Document type: Sale
Year: 1323
Scribe: Guillem Coscoll
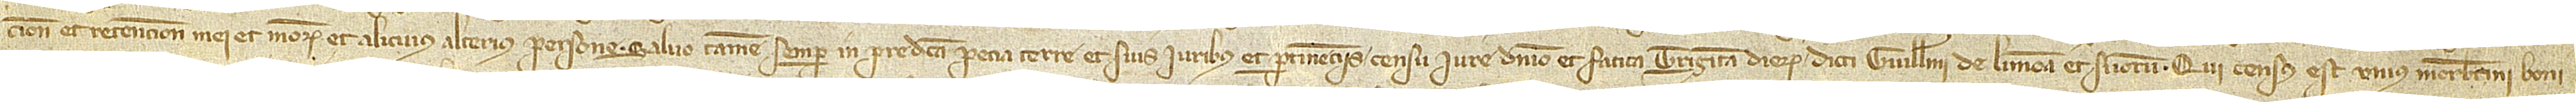
cione et retencione mei et meorum et alicuius alterius persone, salvo tamen semper in predicta pecia terre et suis iuribus et pertinenciis censu, iure, dominio et fatica triginta dierum dicti Guillelmi de Limona et suorum. Qui census est unius morabatini boni